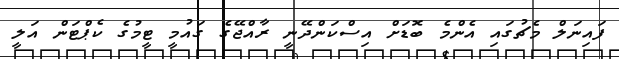
ފައިނަލް މެޗުގައި އެންމެ ބޮޑަށް އިސްކަންދޭނީ ރާއްޖޭގެ ގައުމީ ޓީމުގެ ކެޕްޓަން އަލީ